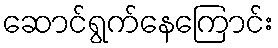
ဆောင်ရွက်နေကြောင်း